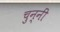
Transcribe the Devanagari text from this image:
चुन्नीं